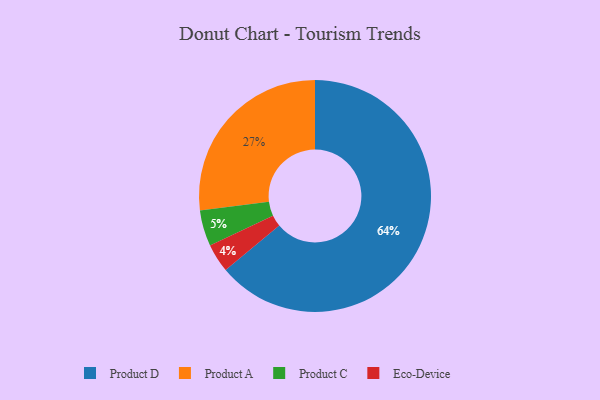
{"axis": {"x": "Category", "y": "Percentage"}, "legend": ["Eco-Device", "Product A", "Product C", "Product D"], "data": [{"x": "Eco-Device", "y": 4, "type": "Eco-Device"}, {"x": "Product C", "y": 5, "type": "Product C"}, {"x": "Product A", "y": 27, "type": "Product A"}, {"x": "Product D", "y": 64, "type": "Product D"}]}